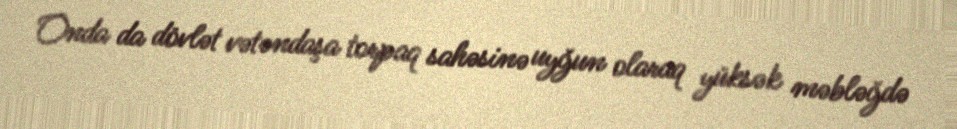
Onda da dövlət vətəndaşa torpaq sahəsinə uyğun olaraq yüksək məbləğdə